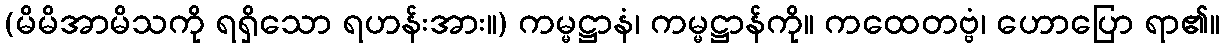
(မိမိအာမိသကို ရရှိသော ရဟန်းအား။) ကမ္မဋ္ဌာနံ၊ ကမ္မဋ္ဌာန်ကို။ ကထေတဗ္ဗံ၊ ဟောပြော ရာ၏။